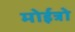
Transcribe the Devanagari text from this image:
मोईत्रो